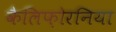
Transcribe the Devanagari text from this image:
कैलिफ़ोरनिया